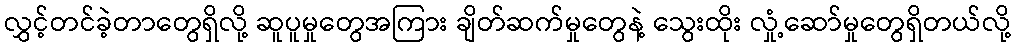
လွှင့်တင်ခဲ့တာတွေရှိလို့ ဆူပူမှုတွေအကြား ချိတ်ဆက်မှုတွေနဲ့ သွေးထိုး လှုံ့ဆော်မှုတွေရှိတယ်လို့